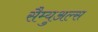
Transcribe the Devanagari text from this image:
सैम्युअल्स